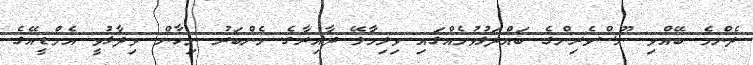
ދެންމެ ބޭއްވި ނޫސްވެރިންގެ ބައްދަލުވުމެއްގައި ވިލިމާލޭ ދާއިރާގެ މެންބަރު ނިހާން ވިދާޅުވީ އެމްޑީއޭގެ